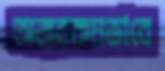
অন্যরকমভাবে